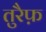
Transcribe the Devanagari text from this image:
तुरैफ़